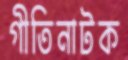
গীতিনাটক